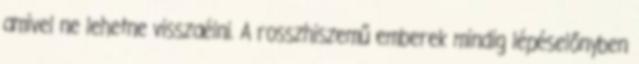
amivel ne lehetne visszaélni. A rosszhiszemű emberek mindig lépéselőnyben